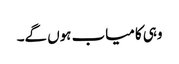
وہی کامیاب ہوں گے۔